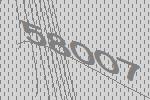
58007